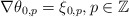
\begin{align*} \nabla\theta_{0,p}=\xi_{0,p},p\in\mathbb{Z} \end{align*}